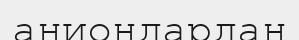
аниондардан